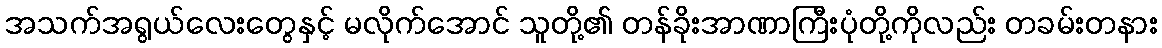
အသက်အရွယ်လေးတွေနှင့် မလိုက်အောင် သူတို့၏ တန်ခိုးအာဏာကြီးပုံတို့ကိုလည်း တခမ်းတနား